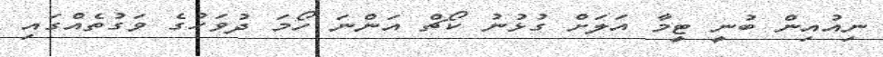
ނިއުއިން ބުނީ ޓީމާ އަލަށް ގުޅުނު ކޯޗް އަންނަ ހޯމަ ދުވަހުގެ ވަގުތެއްގައި